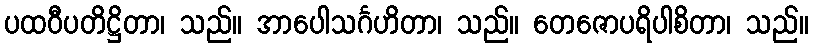
ပထဝီပတိဋ္ဌိတာ၊ သည်။ အာပေါသင်္ဂဟိတာ၊ သည်။ တေဇောပရိပါစိတာ၊ သည်။